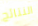
النتائج